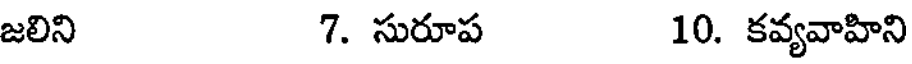
జలిని 7. సురూప 10. కవ్యవాహిని